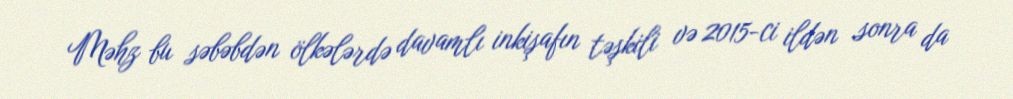
Məhz bu səbəbdən ölkələrdə davamlı inkişafın təşkili və 2015-ci ildən sonra da